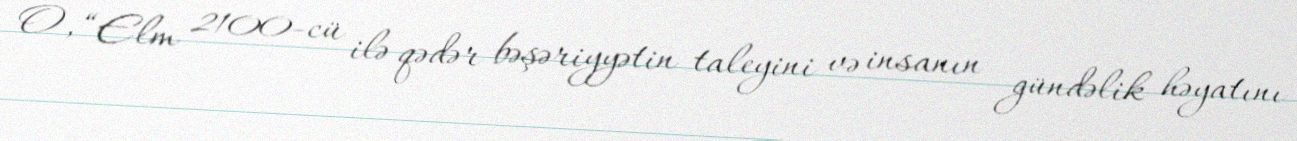
O, “Elm 2100-cü ilə qədər bəşəriyyətin taleyini və insanın gündəlik həyatını